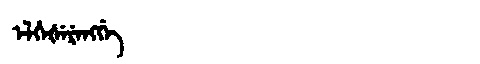
Manchu: ᡝᠯᡥᡝᡧᡝᡵᡝᠩᡤᡝ
Romanization: ELHEŠERENGGE